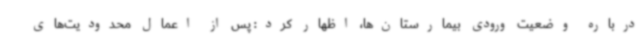
درباره وضعیت ورودی بیمارستان‌ها، اظهار کرد: پس از اعمال محدودیت‌های